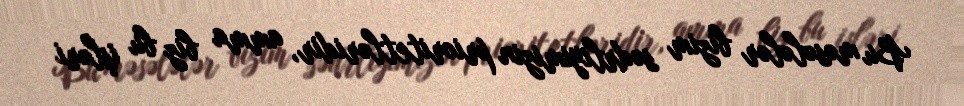
Bu məsələlər bizim sədrliyimizin prioritetləridir, amma biz bu işləri